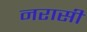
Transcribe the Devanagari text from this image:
नरासी